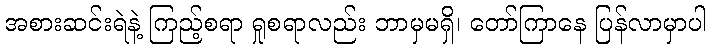
အစားဆင်းရဲနဲ့ ကြည့်စရာ ရှုစရာလည်း ဘာမှမရှိ၊ တော်ကြာနေ ပြန်လာမှာပါ